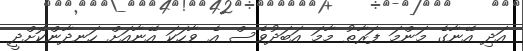
އަދި އޭނާގެ މަންމަ ފަރާތު މާމަ އަބަދުވެސް އެ ވާހަކަ އޭނާއަށް ހަނދާންކޮށްދީ